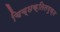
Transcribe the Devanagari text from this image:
चिच्छक्तितयुक्त